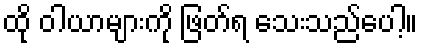
ထို ဝါယာများကို ဖြတ်ရ သေးသည်ပေါ့။